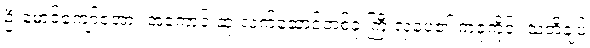
ဦးမောင်ကျော်ဇံအား အကောင်းဆုံးလက်ဆောင်တစ်ခု ကြီးလှပေ၏ ကဇုကိုင်း သတိချပ်